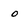
Character: o